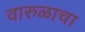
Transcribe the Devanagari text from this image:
वारुळाचा